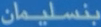
بنسليمان